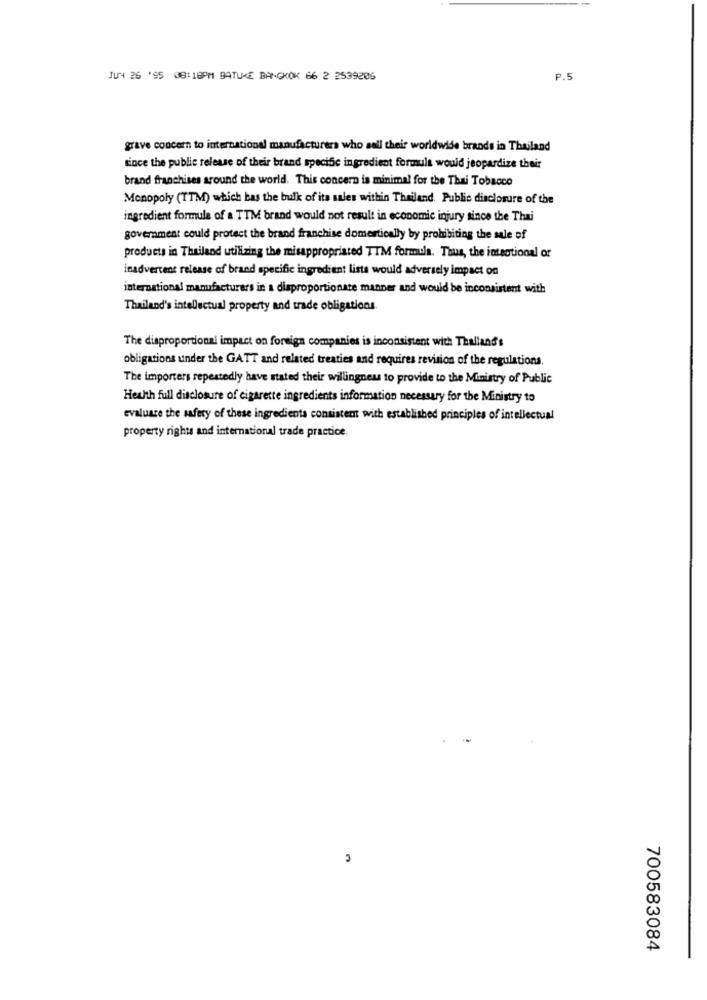
JUN 26 '95 08:18PM BATUKE BANGKOK 66 2 2539205
P.S
grave concern to international manufacturers who sell their worldwide brands in Thailand
since the public release of their brand specific ingredient formula would jeopardize their
brand franchises around the world. This concern is minimal for the Thai Tobacco
Monopoly (TTM) which has the bulk of its sales within Thailand. Public disclosure of the
ingredient formula of a TTM brand would not result in economic injury since the Thai
government could protect the brand franchise domestically by prohibiting the sale of
products in Thailand utilizing the misappropriated TTM formula. Thus, the integtional of
inadvertent release of brand specific ingredient lista would adversely impact on
international manufacturers in a disproportionate manner and would be inconsistent with
Thailand's intellectual property and trade obligations
The disproportional impact on foreign companies is inconsistent with Thailand's
obligations under the GATT and related treaties and requires revision of the regulations.
The importers repeatedly have stated their willingness to provide to the Ministry of Public
Health full disclosure of cigarette ingredients information necessary for the Ministry to
evaluate the safety of these ingredients consistent with established principles of intellectual
property rights and international trade practice.
3
700583084